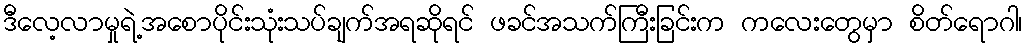
ဒီလေ့လာမှုရဲ့အစောပိုင်းသုံးသပ်ချက်အရဆိုရင် ဖခင်အသက်ကြီးခြင်းက ကလေးတွေမှာ စိတ်ရောဂါ၊